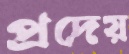
প্রদেয়